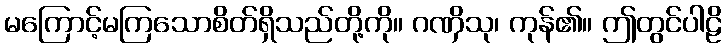
မကြောင့်မကြသောစိတ်ရှိသည်တို့ကို။ ဂဏှိသု၊ ကုန်၏။ ဤတွင်ပါဠိ